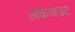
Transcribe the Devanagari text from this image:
लॉकआउट